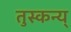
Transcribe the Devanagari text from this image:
तुस्कन्य्